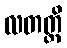
လတတ္ထိ